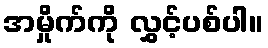
အမှိုက်ကို လွှင့်ပစ်ပါ။